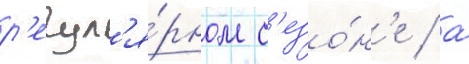
р'егул'я́рном с'езо́н'е / а́